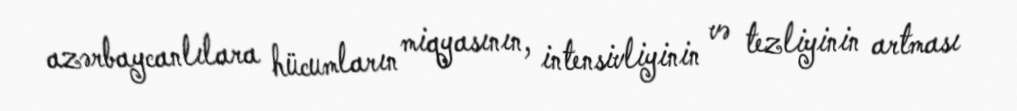
azərbaycanlılara hücumların miqyasının, intensivliyinin və tezliyinin artması